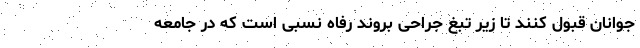
جوانان قبول کنند تا زیر تبغ جراحی بروند رفاه نسبی است که در جامعه